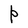
Character: P